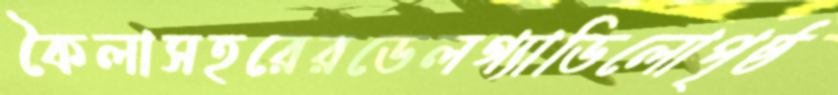
কৈলাসহরেরডেলগ্যাডিলোপৃষ্ঠ